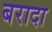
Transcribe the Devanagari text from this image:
बरादा